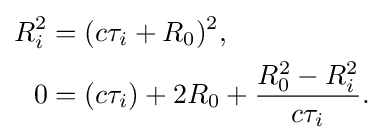
{\begin{aligned}R_{i}^{2}&=(c\tau _{i}+R_{0})^{2},\\0&=(c\tau _{i})+2R_{0}+{\frac {R_{0}^{2}-R_{i}^{2}}{c\tau _{i}}}.\end{aligned}}